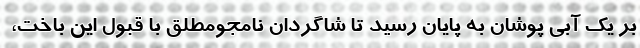
بر یک آبی پوشان به پایان رسید تا شاگردان نامجومطلق با قبول این باخت،